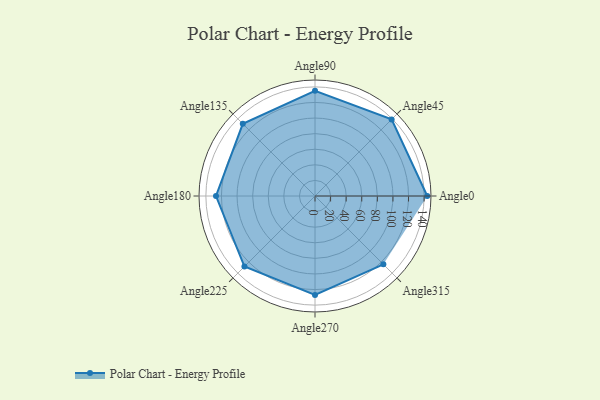
{"axis": {"x": "Angle", "y": "Radius"}, "legend": [""], "data": [{"x": "Angle0", "y": 144.0, "type": ""}, {"x": "Angle45", "y": 139.0, "type": ""}, {"x": "Angle90", "y": 135.0, "type": ""}, {"x": "Angle135", "y": 131.0, "type": ""}, {"x": "Angle180", "y": 127.0, "type": ""}, {"x": "Angle225", "y": 128.0, "type": ""}, {"x": "Angle270", "y": 127.0, "type": ""}, {"x": "Angle315", "y": 124.0, "type": ""}]}